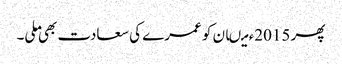
پھر 2015ء میںان کو عمرے کی سعادت بھی ملی۔